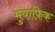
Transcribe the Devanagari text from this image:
मुवाफ़िक